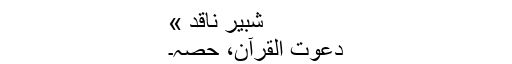
شبیر ناقدؔ »
دعوت القرآن، حصہ۔